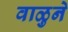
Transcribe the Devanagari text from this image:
वाळुने